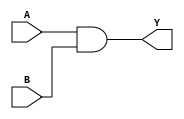
module and_1bit(A,B,Y);
input A,B;
output Y;
wire temp;

and(temp,A,B);
assign Y=temp;
endmodule